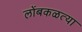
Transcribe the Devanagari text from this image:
लोंबकळत्या